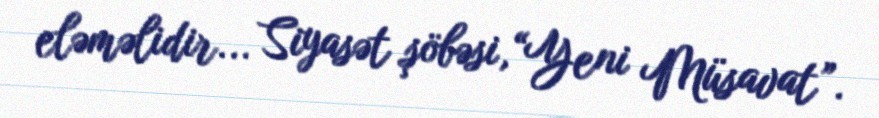
eləməlidir... Siyasət şöbəsi,“Yeni Müsavat”.